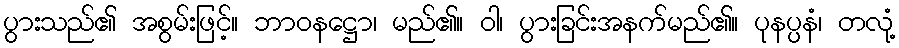
ပွားသည်၏ အစွမ်းဖြင့်။ ဘာဝနဋ္ဌော၊ မည်၏။ ဝါ၊ ပွားခြင်းအနက်မည်၏။ ပုနပ္ပနံ၊ တလုံ့